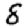
Digit: 8